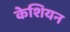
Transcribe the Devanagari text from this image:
केशियन